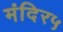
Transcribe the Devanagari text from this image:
मंदिर५